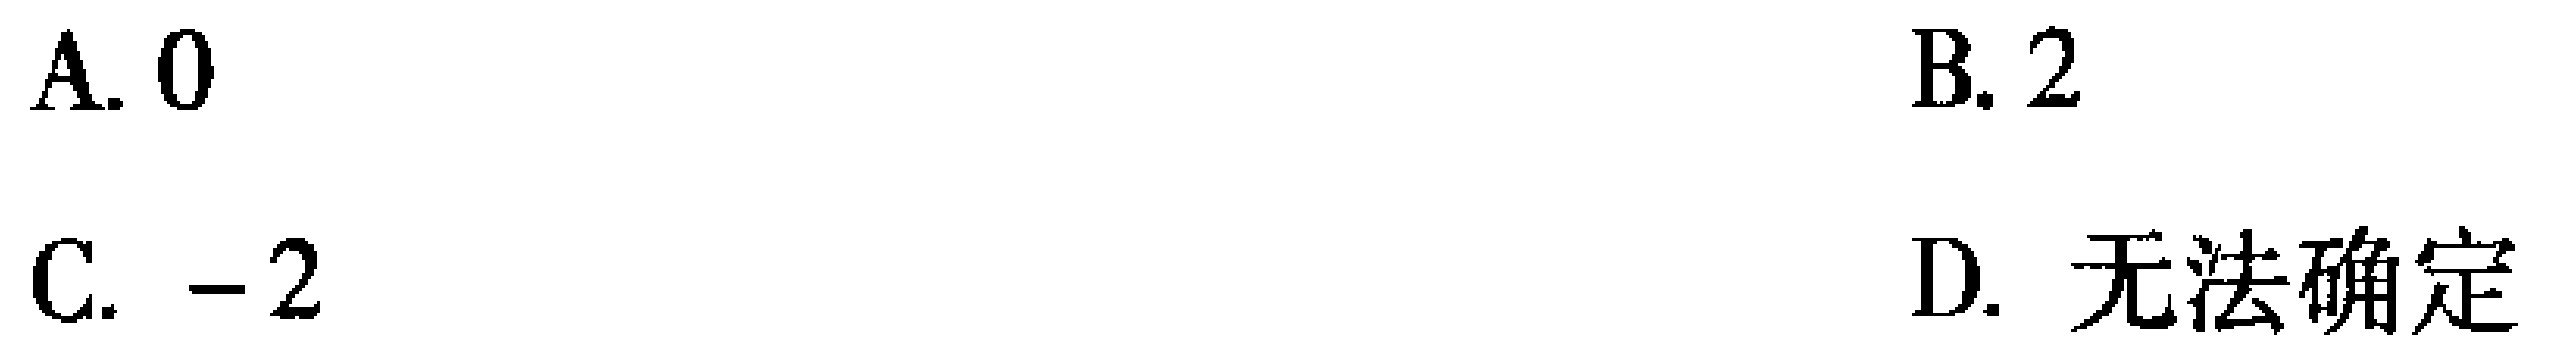
A. \(0\)  B. \(2\)  C. \(-2\)  D. 无法确定